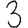
Digit: 3